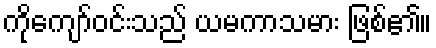
ကိုကျော်ဝင်းသည် ယမကာသမား ဖြစ်၏။